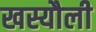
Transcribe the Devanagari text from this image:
खस्यौली